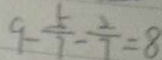
9 - \frac { 5 } { 7 } - \frac { 2 } { 7 } = 8